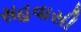
સહવાસી